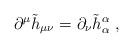
LaTeX: \begin{align*}\partial ^{\mu }\tilde{h}_{\mu \nu }=\partial _{\nu }\tilde{h}_{\alpha}^{\alpha }\ ,\end{align*}